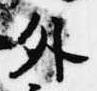
外